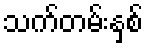
သက်တမ်းနှစ်